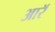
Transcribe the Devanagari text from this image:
आरॅ